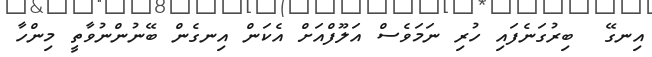
އިނގޭ  ބިރުގަނެފައި ހުރި ނަމަވެސް އަލޫފްއަށް އެކަން އިނގެން ބޭނުންނުވާތީ މިންހާ